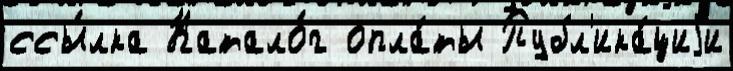
ссы́лка Катало́г опла́ты Публ'ика́циjи